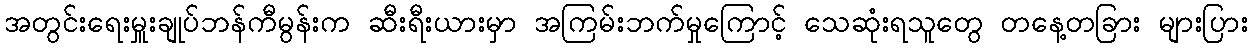
အတွင်းရေးမှူးချုပ်ဘန်ကီမွန်းက ဆီးရီးယားမှာ အကြမ်းဘက်မှုကြောင့် သေဆုံးရသူတွေ တနေ့တခြား များပြား